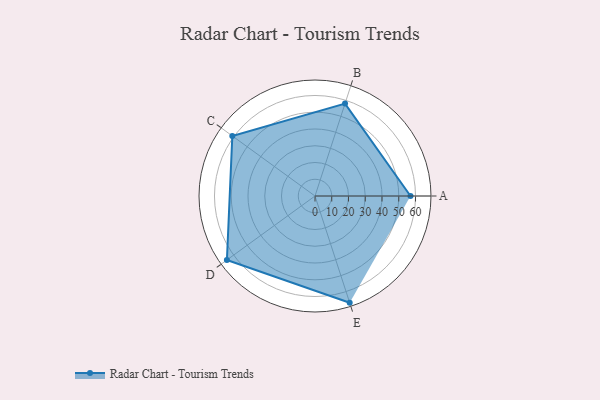
{"axis": {"x": "Skill", "y": "Score"}, "legend": ["Profile"], "data": [{"x": "A", "y": 57.0, "type": "Profile"}, {"x": "B", "y": 58.0, "type": "Profile"}, {"x": "C", "y": 61.0, "type": "Profile"}, {"x": "D", "y": 65.0, "type": "Profile"}, {"x": "E", "y": 67.0, "type": "Profile"}]}